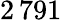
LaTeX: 2\, 791